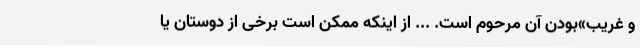
و غریب»بودن آن ‌مرحوم است. ... از اینکه ممکن است برخی از دوستان یا